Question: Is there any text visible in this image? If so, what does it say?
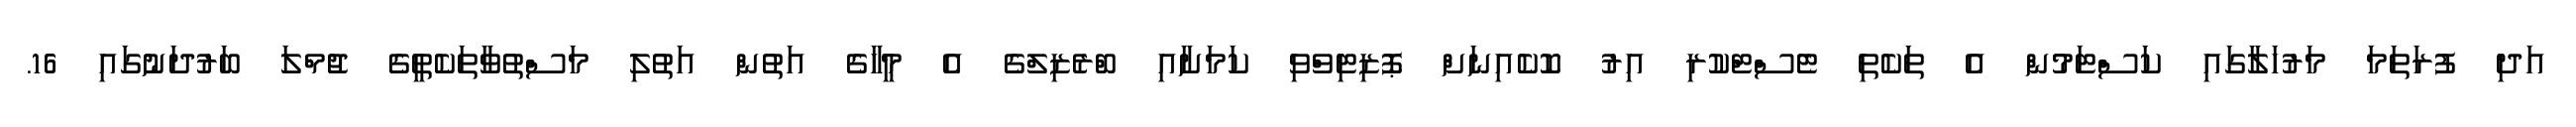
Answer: އަދި ފުރަތަމަ މަރުހަލާގައި ކަސްޓަމުން އެ ތަކެތި ޓެސްޓްކުރި އިރު ކޮކެއިނަށް ޕޮޒިޓިވްވި ކަމަށާއި ބްރެޒިލްގެ އެ މީހާގެ އަތުން އަތުލި މަސްތުވާތަކެތީގެ ޖުމްލަ ބަރުދަނުގައި 16.